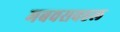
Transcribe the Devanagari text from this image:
मबवसवहल